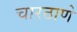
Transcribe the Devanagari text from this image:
चारठाणे